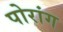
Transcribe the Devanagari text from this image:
पोरांग